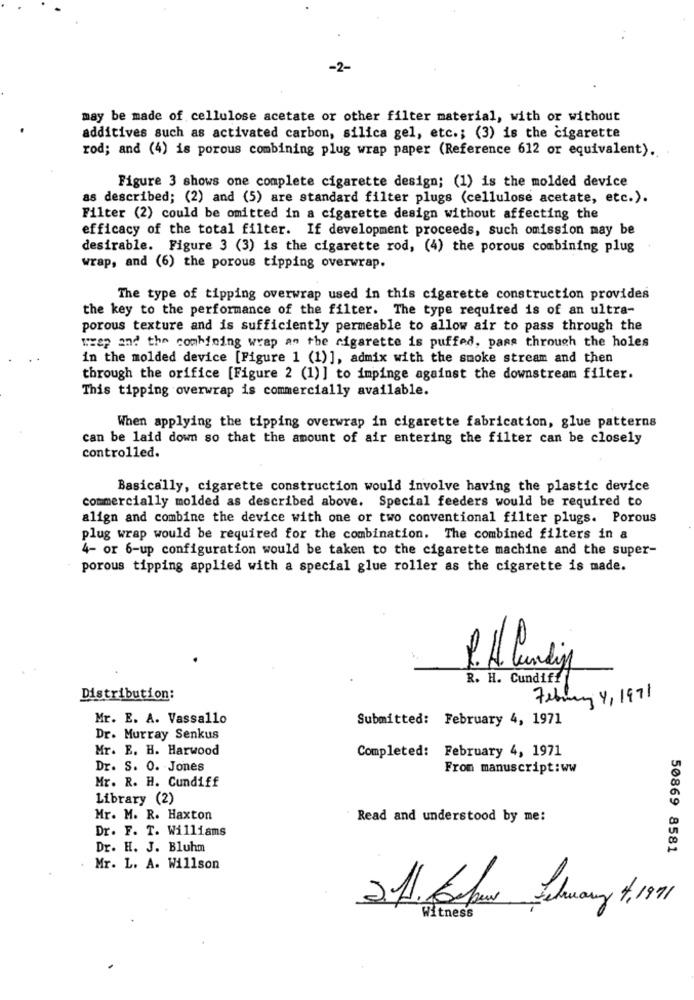
-2-
may be made of cellulose acetate or other filter material, with or without
additives such as activated carbon, silica gel, etc .; (3) is the cigarette
rod; and (4) is porous combining plug wrap paper (Reference 612 or equivalent).
Figure 3 shows one complete cigarette design; (1) is the molded device
as described; (2) and (5) are standard filter plugs (cellulose acetate, etc.).
Filter (2) could be omitted in a cigarette design without affecting the
efficacy of the total filter. If development proceeds, such omission may be
desirable. Figure 3 (3) is the cigarette rod, (4) the porous combining plug
wrap, and (6) the porous tipping overwrap.
The type of tipping overwrap used in this cigarette construction provides
the key to the performance of the filter. The type required is of an ultra-
porous texture and is sufficiently permeable to allow air to pass through the
wrap and the combining wrap am the cigarette is puffed, pass through the holes
in the molded device [Figure 1 (1)], admix with the smoke stream and then
through the orifice [Figure 2 (1) ] to impinge against the downstream filter.
This tipping overwrap is commercially available.
When applying the tipping overwrap in cigarette fabrication, glue patterns
can be laid down so that the amount of air entering the filter can be closely
controlled.
Basically, cigarette construction would involve having the plastic device
commercially molded as described above. Special feeders would be required to
align and combine the device with one or two conventional filter plugs. Porous
plug wrap would be required for the combination. The combined filters in a
4- or 6-up configuration would be taken to the cigarette machine and the super-
porous tipping applied with a special glue roller as the cigarette is made.
1.A lundig
R. H. Cundiff
Distribution:
February 4, 1971
Mr. E. A. Vassallo
Submitted: February 4, 1971
Dr. Murray Senkus
Mr. E. H. Harwood
Completed: February 4, 1971
Dr. S. 0. Jones
From manuscript:ww
Mr. R. H. Cundiff
Library (2)
Mr. M. R. Haxton
Read and understood by me:
Dr. F. T. Williams
Dr. H. J. Bluhm
50869 8581
Mr. L. A. Willson
2.H. Cbu Filmary 4,1991
Witness